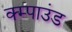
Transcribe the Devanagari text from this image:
क्म्पाउंड